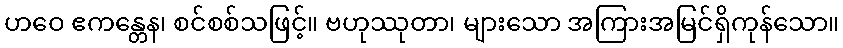
ဟဝေ ဧကန္တေန၊ စင်စစ်သဖြင့်။ ဗဟုဿုတာ၊ များသော အကြားအမြင်ရှိကုန်သော။